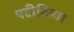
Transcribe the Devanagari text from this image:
पटीकिया